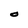
Character: O